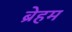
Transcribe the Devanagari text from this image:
ब्रेहम